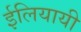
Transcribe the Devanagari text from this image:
ईलियायी